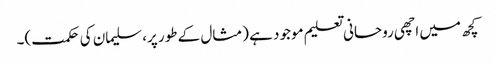
کچھ میں اچھی روحانی تعلیم موجود ہے (مثال کے طور پر، سلیمان کی حکمت)۔